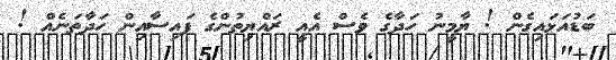
ބަޑުއަޅައިގެން ! ޔާމީނު ހަދާގެ ވެސް އެއީ ރައްޔިތުންގެ ފައިސާއިން ހަދާތަނެއް !